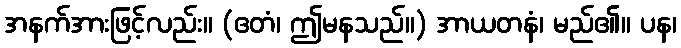
အနက်အားဖြင့်လည်း။ (ဧတံ၊ ဤမနသည်။) အာယတနံ၊ မည်၏။ ပန၊